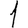
Digit: 1